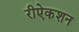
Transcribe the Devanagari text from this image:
रीऐकशन